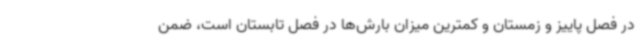
در فصل پاییز و زمستان و کمترین میزان بارش‌ها در فصل تابستان است، ضمن